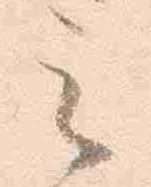
之